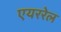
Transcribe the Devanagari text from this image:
एयररेल